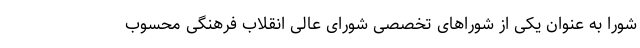
شورا به عنوان یکی از شوراهای تخصصی شورای عالی انقلاب فرهنگی محسوب